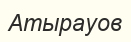
Атырауов